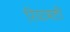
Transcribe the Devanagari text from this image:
रियावली